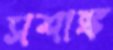
সশাঙ্ক